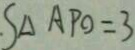
S _ { \Delta A P O } = 3